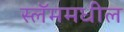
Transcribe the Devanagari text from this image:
स्लॅममधील